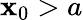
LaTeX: \mathbf{x}_{0}>a